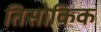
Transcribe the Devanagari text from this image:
तिसोकिक